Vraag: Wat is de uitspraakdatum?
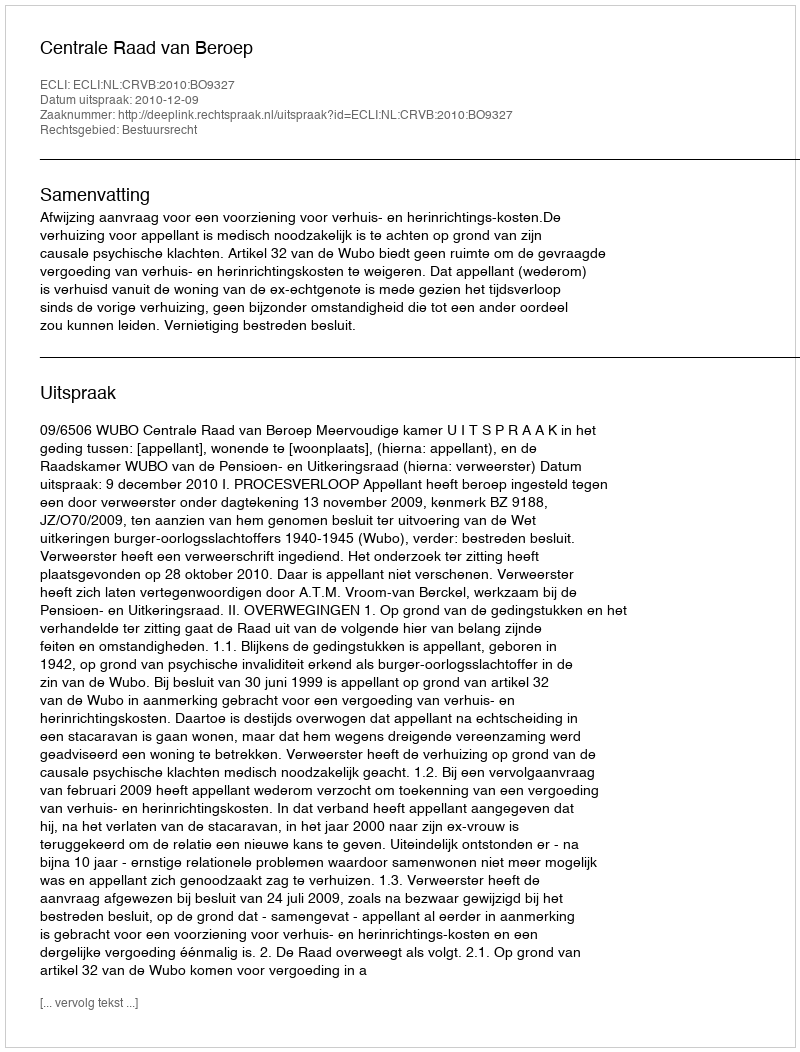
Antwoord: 2010-12-09